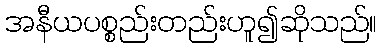
အနီယပစ္စည်းတည်းဟူ၍ဆိုသည်။